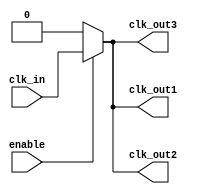
module basic_clock_buffer (
    input wire clk_in,       // Input clock signal
    input wire enable,       // Enable signal for clock output
    output wire clk_out1,    // First output clock
    output wire clk_out2,    // Second output clock
    output wire clk_out3     // Third output clock
);

    // Declare a wire to hold the buffered clock signal
    wire buffered_clk;

    // Buffering the input clock signal
    assign buffered_clk = clk_in;

    // Output logic
    assign clk_out1 = enable ? buffered_clk : 1'b0; // Enable or disable output based on enable signal
    assign clk_out2 = enable ? buffered_clk : 1'b0; // Enable or disable output based on enable signal
    assign clk_out3 = enable ? buffered_clk : 1'b0; // Enable or disable output based on enable signal

endmodule